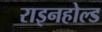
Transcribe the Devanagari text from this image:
राइनहोल्ड